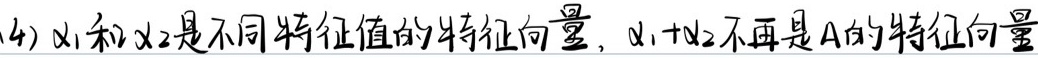
(4) \(\alpha_1\)和\(\alpha_2\)是不同特征值的特征向量，\(\alpha_1 + \alpha_2\)不再是\(A\)的特征向量。